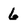
Character: 6